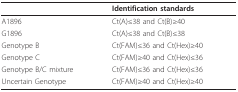
<table><thead><tr><td></td><td><b>Identification standards</b></td></tr></thead><tbody><tr><td>A1896</td><td>Ct(A)≤38 and Ct(B)≥40</td></tr><tr><td>G1896</td><td>Ct(A)≤38 and Ct(B)≤38</td></tr><tr><td>Genotype B</td><td>Ct(FAM)≤36 and Ct(Hex)≥40</td></tr><tr><td>Genotype C</td><td>Ct(FAM)≥40 and Ct(Hex)≤36</td></tr><tr><td>Genotype B/C mixture</td><td>Ct(FAM)≤36 and Ct(Hex)≤36</td></tr><tr><td>Uncertain Genotype</td><td>Ct(FAM)≥40 and Ct(Hex)≥40</td></tr></tbody></table>